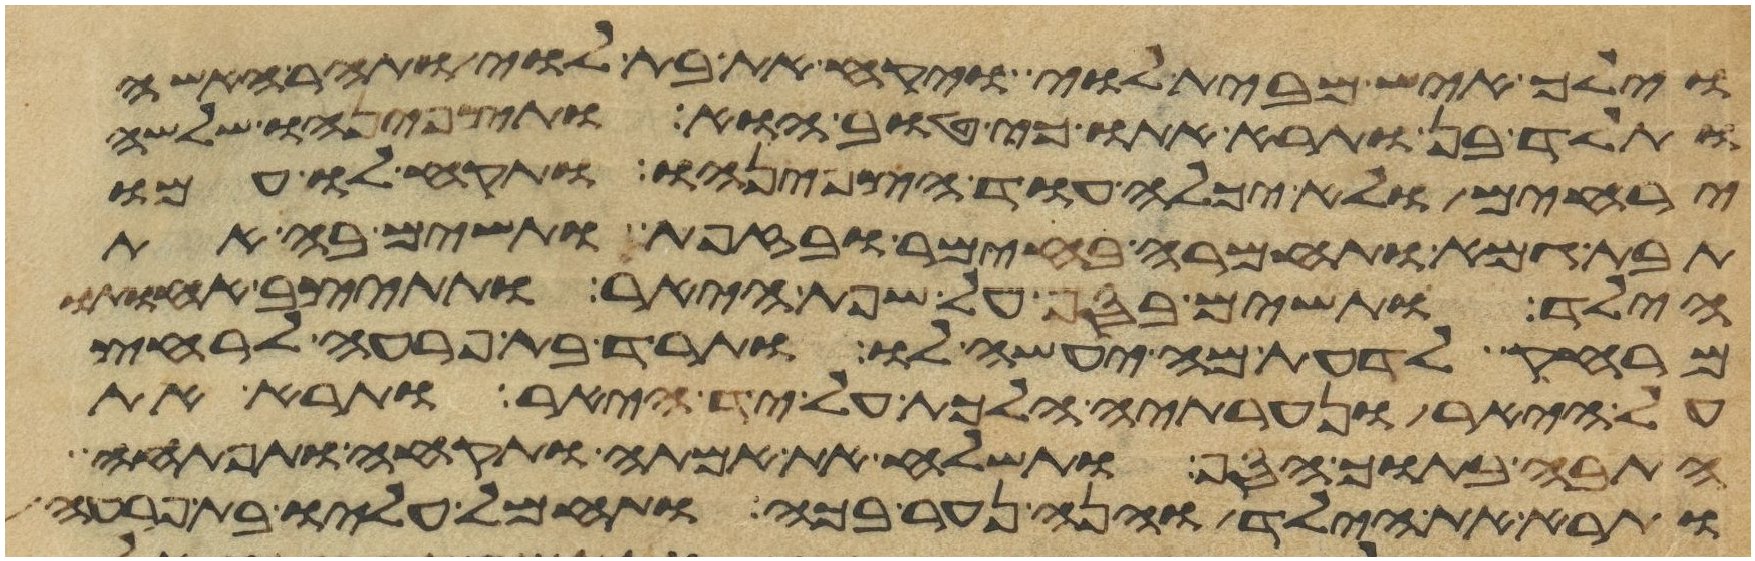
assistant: וילך איש מבית לוי ויקח את בת לוי ותהר האשה
ותלד בן ותרא אתו כי טוב הוא ותצפנהו שלשה
ירחים ולא יכלה עוד הצפנהו ותקח לו אמו
תבת גמא ותחמרה בחימר ובזפת ותשם בה את
הילד ותשם בסף על שפת היאר ותתיצב אחותו
מרחק לדעת מה יעשה לו ותרד בת פרעה לרחץ
על היאר ונערתיה הלכת על יד היאר ותרא את
התבה בתוך הסף ותשלח את אמתה ותקחה ותפתחה
ותרא את הילד והנה נער בכה ותחמל עליו בת פרעה